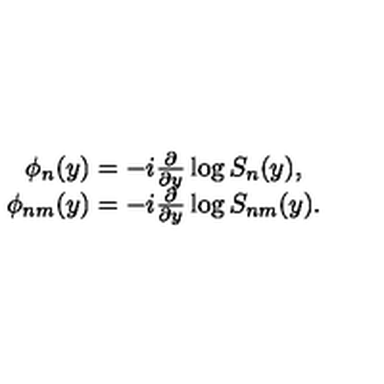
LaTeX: \begin{array} { c } { \phi _ { n } ( y ) = - i \frac { \partial } { \partial y } \log S _ { n } ( y ) , } \\ { \phi _ { n m } ( y ) = - i \frac { \partial } { \partial y } \log S _ { n m } ( y ) . } \\ \end{array}